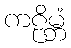
ကဠိမ္ဘံ